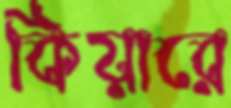
কিয়ারে